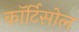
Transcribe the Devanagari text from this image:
कॉर्टिसोल